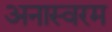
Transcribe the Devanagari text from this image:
अनास्वरम